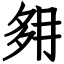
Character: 𡖔